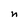
Character: n